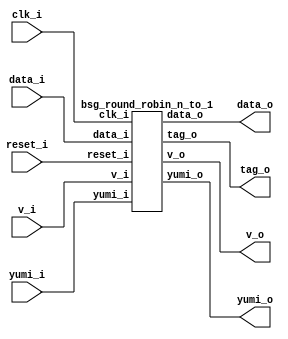


module top
(
  clk_i,
  reset_i,
  data_i,
  v_i,
  yumi_o,
  v_o,
  data_o,
  tag_o,
  yumi_i
);

  input [31:0] data_i;
  input [1:0] v_i;
  output [1:0] yumi_o;
  output [15:0] data_o;
  output [0:0] tag_o;
  input clk_i;
  input reset_i;
  input yumi_i;
  output v_o;

  bsg_round_robin_n_to_1
  wrapper
  (
    .data_i(data_i),
    .v_i(v_i),
    .yumi_o(yumi_o),
    .data_o(data_o),
    .tag_o(tag_o),
    .clk_i(clk_i),
    .reset_i(reset_i),
    .yumi_i(yumi_i),
    .v_o(v_o)
  );


endmodule



module bsg_round_robin_arb_inputs_p2
(
  clk_i,
  reset_i,
  grants_en_i,
  reqs_i,
  grants_o,
  sel_one_hot_o,
  v_o,
  tag_o,
  yumi_i
);

  input [1:0] reqs_i;
  output [1:0] grants_o;
  output [1:0] sel_one_hot_o;
  output [0:0] tag_o;
  input clk_i;
  input reset_i;
  input grants_en_i;
  input yumi_i;
  output v_o;
  wire [1:0] grants_o,sel_one_hot_o;
  wire [0:0] tag_o;
  wire v_o,N0,N1,N2,N3,N4,N5,N6,N7,N8,N9,N10,N11,N12,N13,N14,N15,N16,N17,N18,N19,N20,
  N21,N22;
  reg [0:0] last_r;
  assign N13 = N0 & N1;
  assign N0 = ~reqs_i[1];
  assign N1 = ~reqs_i[0];
  assign N14 = reqs_i[1] & N2;
  assign N2 = ~last_r[0];
  assign N15 = N3 & reqs_i[0] & N4;
  assign N3 = ~reqs_i[1];
  assign N4 = ~last_r[0];
  assign N16 = reqs_i[0] & last_r[0];
  assign N17 = reqs_i[1] & N5 & last_r[0];
  assign N5 = ~reqs_i[0];
  assign sel_one_hot_o = (N6)? { 1'b0, 1'b0 } : 
                         (N7)? { 1'b1, 1'b0 } : 
                         (N8)? { 1'b0, 1'b1 } : 
                         (N9)? { 1'b0, 1'b1 } : 
                         (N10)? { 1'b1, 1'b0 } : 1'b0;
  assign N6 = N13;
  assign N7 = N14;
  assign N8 = N15;
  assign N9 = N16;
  assign N10 = N17;
  assign tag_o[0] = (N6)? 1'b0 : 
                    (N7)? 1'b1 : 
                    (N8)? 1'b0 : 
                    (N9)? 1'b0 : 
                    (N10)? 1'b1 : 1'b0;
  assign N20 = (N11)? 1'b0 : 
               (N12)? tag_o[0] : 1'b0;
  assign N11 = reset_i;
  assign N12 = N19;
  assign grants_o[1] = sel_one_hot_o[1] & grants_en_i;
  assign grants_o[0] = sel_one_hot_o[0] & grants_en_i;
  assign v_o = reqs_i[1] | reqs_i[0];
  assign N18 = ~yumi_i;
  assign N19 = ~reset_i;
  assign N21 = N18 & N19;
  assign N22 = ~N21;

  always @(posedge clk_i) begin
    if(N22) begin
      { last_r[0:0] } <= { N20 };
    end 
  end


endmodule



module bsg_mux_one_hot_width_p16_els_p2
(
  data_i,
  sel_one_hot_i,
  data_o
);

  input [31:0] data_i;
  input [1:0] sel_one_hot_i;
  output [15:0] data_o;
  wire [15:0] data_o;
  wire [31:0] data_masked;
  assign data_masked[15] = data_i[15] & sel_one_hot_i[0];
  assign data_masked[14] = data_i[14] & sel_one_hot_i[0];
  assign data_masked[13] = data_i[13] & sel_one_hot_i[0];
  assign data_masked[12] = data_i[12] & sel_one_hot_i[0];
  assign data_masked[11] = data_i[11] & sel_one_hot_i[0];
  assign data_masked[10] = data_i[10] & sel_one_hot_i[0];
  assign data_masked[9] = data_i[9] & sel_one_hot_i[0];
  assign data_masked[8] = data_i[8] & sel_one_hot_i[0];
  assign data_masked[7] = data_i[7] & sel_one_hot_i[0];
  assign data_masked[6] = data_i[6] & sel_one_hot_i[0];
  assign data_masked[5] = data_i[5] & sel_one_hot_i[0];
  assign data_masked[4] = data_i[4] & sel_one_hot_i[0];
  assign data_masked[3] = data_i[3] & sel_one_hot_i[0];
  assign data_masked[2] = data_i[2] & sel_one_hot_i[0];
  assign data_masked[1] = data_i[1] & sel_one_hot_i[0];
  assign data_masked[0] = data_i[0] & sel_one_hot_i[0];
  assign data_masked[31] = data_i[31] & sel_one_hot_i[1];
  assign data_masked[30] = data_i[30] & sel_one_hot_i[1];
  assign data_masked[29] = data_i[29] & sel_one_hot_i[1];
  assign data_masked[28] = data_i[28] & sel_one_hot_i[1];
  assign data_masked[27] = data_i[27] & sel_one_hot_i[1];
  assign data_masked[26] = data_i[26] & sel_one_hot_i[1];
  assign data_masked[25] = data_i[25] & sel_one_hot_i[1];
  assign data_masked[24] = data_i[24] & sel_one_hot_i[1];
  assign data_masked[23] = data_i[23] & sel_one_hot_i[1];
  assign data_masked[22] = data_i[22] & sel_one_hot_i[1];
  assign data_masked[21] = data_i[21] & sel_one_hot_i[1];
  assign data_masked[20] = data_i[20] & sel_one_hot_i[1];
  assign data_masked[19] = data_i[19] & sel_one_hot_i[1];
  assign data_masked[18] = data_i[18] & sel_one_hot_i[1];
  assign data_masked[17] = data_i[17] & sel_one_hot_i[1];
  assign data_masked[16] = data_i[16] & sel_one_hot_i[1];
  assign data_o[0] = data_masked[16] | data_masked[0];
  assign data_o[1] = data_masked[17] | data_masked[1];
  assign data_o[2] = data_masked[18] | data_masked[2];
  assign data_o[3] = data_masked[19] | data_masked[3];
  assign data_o[4] = data_masked[20] | data_masked[4];
  assign data_o[5] = data_masked[21] | data_masked[5];
  assign data_o[6] = data_masked[22] | data_masked[6];
  assign data_o[7] = data_masked[23] | data_masked[7];
  assign data_o[8] = data_masked[24] | data_masked[8];
  assign data_o[9] = data_masked[25] | data_masked[9];
  assign data_o[10] = data_masked[26] | data_masked[10];
  assign data_o[11] = data_masked[27] | data_masked[11];
  assign data_o[12] = data_masked[28] | data_masked[12];
  assign data_o[13] = data_masked[29] | data_masked[13];
  assign data_o[14] = data_masked[30] | data_masked[14];
  assign data_o[15] = data_masked[31] | data_masked[15];

endmodule



module bsg_crossbar_o_by_i_i_els_p2_o_els_p1_width_p16
(
  i,
  sel_oi_one_hot_i,
  o
);

  input [31:0] i;
  input [1:0] sel_oi_one_hot_i;
  output [15:0] o;
  wire [15:0] o;

  bsg_mux_one_hot_width_p16_els_p2
  genblk1_0__mux_one_hot
  (
    .data_i(i),
    .sel_one_hot_i(sel_oi_one_hot_i),
    .data_o(o)
  );


endmodule



module bsg_round_robin_n_to_1
(
  clk_i,
  reset_i,
  data_i,
  v_i,
  yumi_o,
  v_o,
  data_o,
  tag_o,
  yumi_i
);

  input [31:0] data_i;
  input [1:0] v_i;
  output [1:0] yumi_o;
  output [15:0] data_o;
  output [0:0] tag_o;
  input clk_i;
  input reset_i;
  input yumi_i;
  output v_o;
  wire [1:0] yumi_o,greedy_grants_lo;
  wire [15:0] data_o;
  wire [0:0] tag_o;
  wire v_o,n_1_net_,SYNOPSYS_UNCONNECTED_1,SYNOPSYS_UNCONNECTED_2;

  bsg_round_robin_arb_inputs_p2
  greedy_rr_arb_ctrl
  (
    .clk_i(clk_i),
    .reset_i(reset_i),
    .grants_en_i(1'b1),
    .reqs_i(v_i),
    .grants_o(greedy_grants_lo),
    .sel_one_hot_o({ SYNOPSYS_UNCONNECTED_1, SYNOPSYS_UNCONNECTED_2 }),
    .v_o(v_o),
    .tag_o(tag_o[0]),
    .yumi_i(n_1_net_)
  );


  bsg_crossbar_o_by_i_i_els_p2_o_els_p1_width_p16
  greedy_xbar
  (
    .i(data_i),
    .sel_oi_one_hot_i(greedy_grants_lo),
    .o(data_o)
  );

  assign n_1_net_ = yumi_i & v_o;
  assign yumi_o[1] = greedy_grants_lo[1] & yumi_i;
  assign yumi_o[0] = greedy_grants_lo[0] & yumi_i;

endmodule